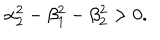
\alpha _ { 2 } ^ { 2 } - \beta _ { 1 } ^ { 2 } - \beta _ { 2 } ^ { 2 } > 0 .